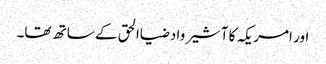
اور امریکہ کا آشیرواد ضیاالحق کے ساتھ تھا۔